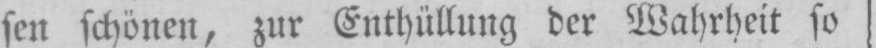
sen schönen, zur Enthüllung der Wahrheit so